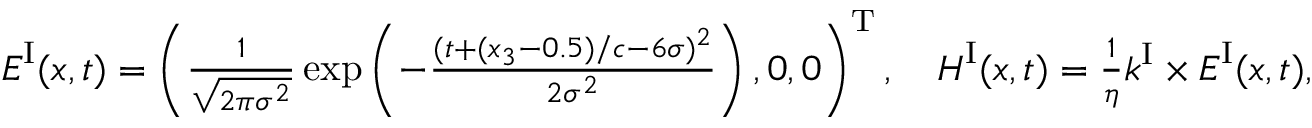
\begin{array} { r } { \boldsymbol { E } ^ { \mathrm { I } } ( \boldsymbol { x } , t ) = \left( \frac { 1 } { \sqrt { 2 \pi \sigma ^ { 2 } } } \exp \left( - \frac { ( t + ( x _ { 3 } - 0 . 5 ) / c - 6 \sigma ) ^ { 2 } } { 2 \sigma ^ { 2 } } \right) , 0 , 0 \right) ^ { \mathrm { T } } , \quad \boldsymbol { H } ^ { \mathrm { I } } ( \boldsymbol { x } , t ) = \frac { 1 } { \eta } \boldsymbol { k } ^ { \mathrm { I } } \times \boldsymbol { E } ^ { \mathrm { I } } ( \boldsymbol { x } , t ) , } \end{array}